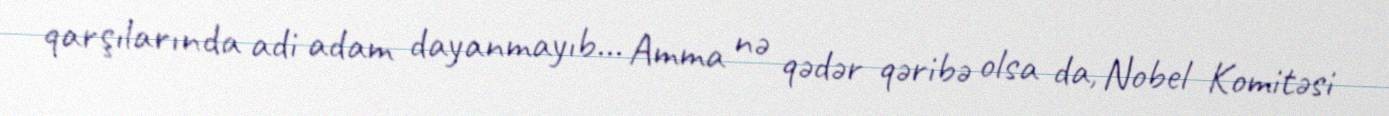
qarşılarında adi adam dayanmayıb... Amma nə qədər qəribə olsa da, Nobel Komitəsi